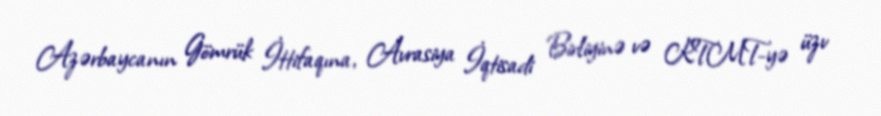
Azərbaycanın Gömrük İttifaqına, Avrasiya İqtisadi Birliyinə və KTMT-yə üzv